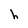
Character: h